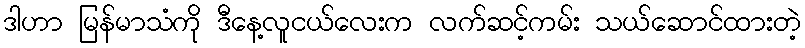
ဒါဟာ မြန်မာသံကို ဒီနေ့လူငယ်လေးက လက်ဆင့်ကမ်း သယ်ဆောင်ထားတဲ့